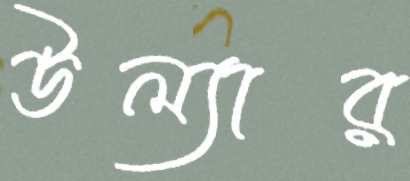
উল্যার